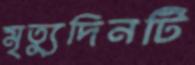
মৃত্যুদিনটি